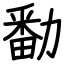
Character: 勫